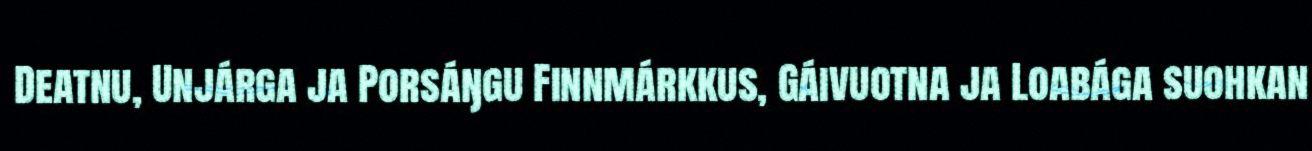
Deatnu, Unjárga ja Porsáŋgu Finnmárkkus, Gáivuotna ja Loabága suohkan